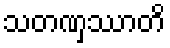
သတဏှဿာတိ